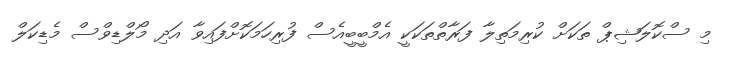
މި ސްކޮލަޝިޕް ތަކަށް ކުރިމަތިލާ ފަރާތްތަކަކީ އެމްބީބީއެސް ފުރިހަމަކޮށްފައިވާ އަދި މޯލްޑިވްސް މެޑިކަލް